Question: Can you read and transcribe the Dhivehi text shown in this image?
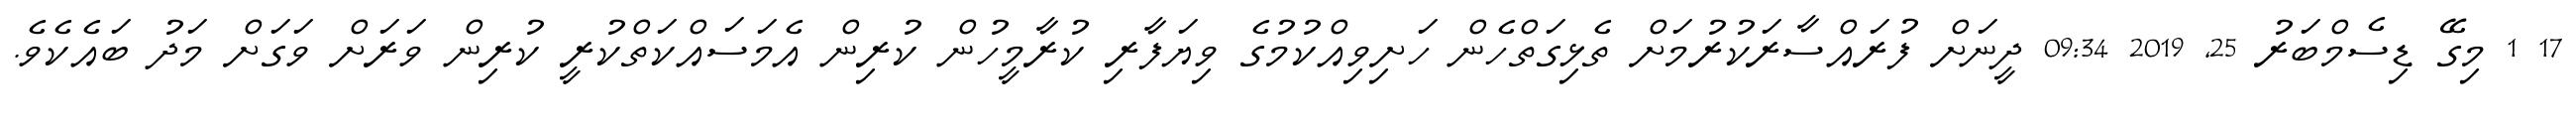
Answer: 17 1 މިގޭ ޑިސެމްބަރު 25, 2019 09:34 ދީނަށް ފުރައްސާރަކުރުމަށް ތެޅިގަތްހެން ހަށިވިއްކުމުގެ ވިޔަފާރި ކުރާމީހުން ކުރިން އެމަސައްކަތްކުރީ ކުރިން ވަރަށް ވަގަށް މަދު ބައެކެވެ.